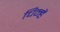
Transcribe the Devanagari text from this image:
चिन्हें